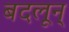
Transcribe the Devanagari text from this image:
बदलून्